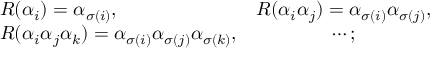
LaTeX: \begin{array} { l c } { { R ( \alpha _ { i } ) = \alpha _ { \sigma ( i ) } , } } & { { R ( \alpha _ { i } \alpha _ { j } ) = \alpha _ { \sigma ( i ) } \alpha _ { \sigma ( j ) } , } } \\ { { R ( \alpha _ { i } \alpha _ { j } \alpha _ { k } ) = \alpha _ { \sigma ( i ) } \alpha _ { \sigma ( j ) } \alpha _ { \sigma ( k ) } , } } & { { \cdots ; } } \end{array}